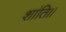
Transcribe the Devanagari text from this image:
शांति।।